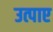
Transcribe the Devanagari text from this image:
उत्पाए